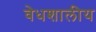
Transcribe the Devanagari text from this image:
वेधशालीय